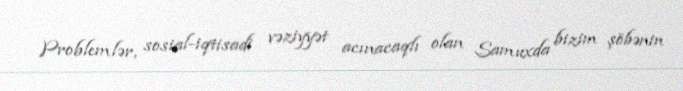
Problemlər, sosial-iqtisadi vəziyyət acınacaqlı olan Samuxda bizim şöbənin